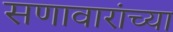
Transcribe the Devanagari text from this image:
सणावारांच्या